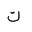
Letter: _kaf